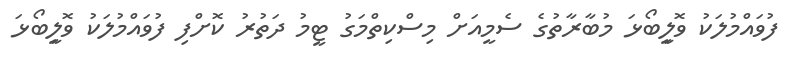
ފުވައްމުލަކު ވޮލިީބޯޅަ މުބާރާތުގެ ސެމީއަށް މިސްކިތްމަގު ޓީމު ދަތުރު ކޮށްފި ފުވައްމުލަކު ވޮލިީބޯޅަ